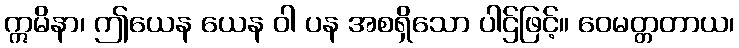
ဣမိနာ၊ ဤယေန ယေန ဝါ ပန အစရှိသော ပါဌ်ဖြင့်။ ဝေမတ္တတာယ၊